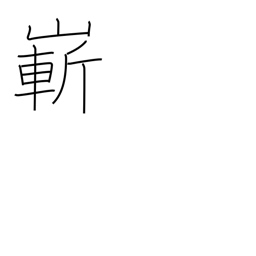
Meaning: steep or high mountain